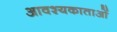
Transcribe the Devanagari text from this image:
आवश्यकाताओं